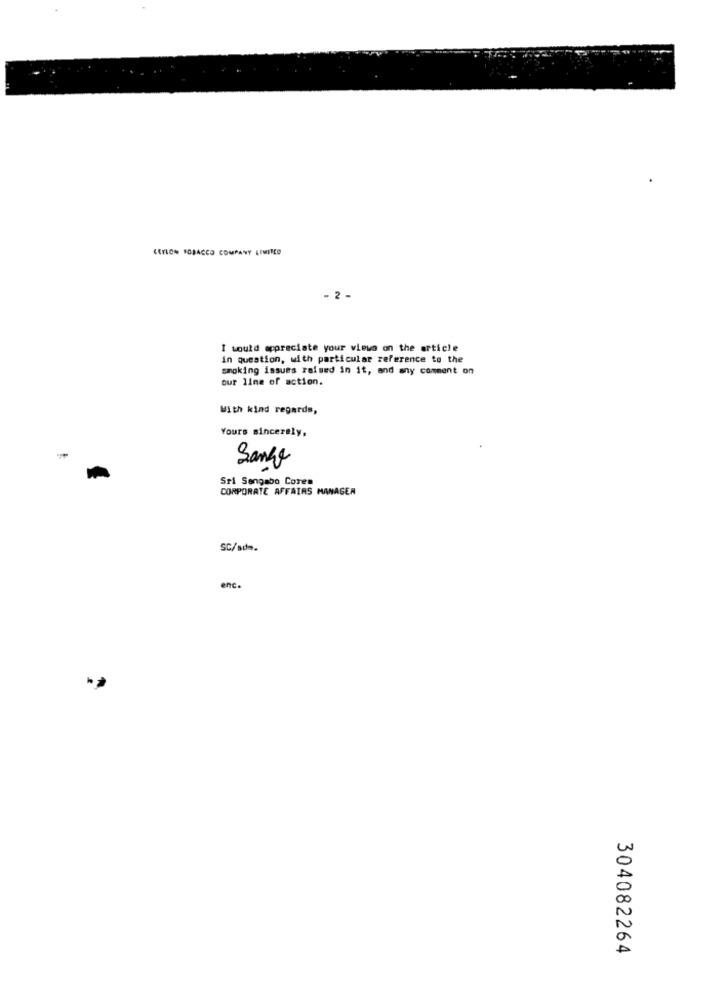
CEYLON TOBACCO COMPANY LIMITED
.2 -
I would appreciate your views on the article
in question, with particular reference to the
smoking issues raised in it, and any comment on
our line of action.
With kind regards,
Yours sincerely,
Sange
Sri Sengabo Coren
CORPORATE AFFAIRS MANAGER
SC/sdm.
enc.
304082264